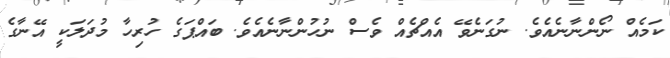
ކަމެއް ނޯންނާނެއެވެ. ނުގަނެވޭ އެއްޗެއް ވެސް ނުހުންނާނެއެވެ. ބައްޕަގެ ހުރިހާ މުދަލަކީ އޭނާގެ